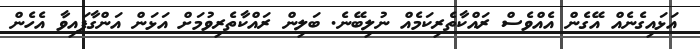
އަޅައިގެނެއް އޭގެން އެއްވެސް ރައްކާތެރިކަމެއް ނުލިބޭނެ. ބަލިން ރައްކާތެރިވުމަށް އަޅަން އަންގާފައިވާ އެހެން